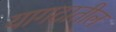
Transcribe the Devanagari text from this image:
यागटातील